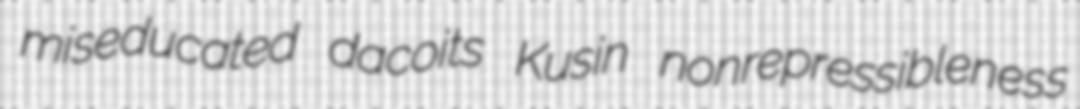
miseducated dacoits Kusin nonrepressibleness